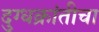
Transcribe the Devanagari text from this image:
दुग्धक्रांतीचा